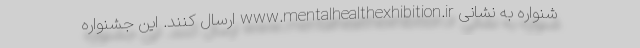
شنواره به نشانی www.mentalhealthexhibition.ir ارسال کنند. این جشنواره